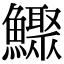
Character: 𩼦